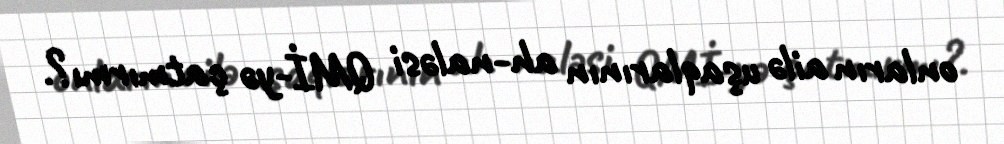
onların ailə uşaqlarının ah-naləsi QMİ-yə çatmırmı?.